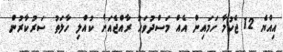
އިއްޔެ 12 ޖެހުމާ ހަމައިން އެއް މަސްދުވަހު ރާއްޖެއަށް ކުއްލި ހާލަތު ސަރުކާރުން